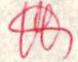
?